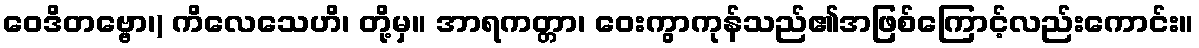
ဝေဒိတဗ္ဗော၊) ကိလေသေဟိ၊ တို့မှ။ အာရကတ္တာ၊ ဝေးကွာကုန်သည်၏အဖြစ်ကြောင့်လည်းကောင်း။